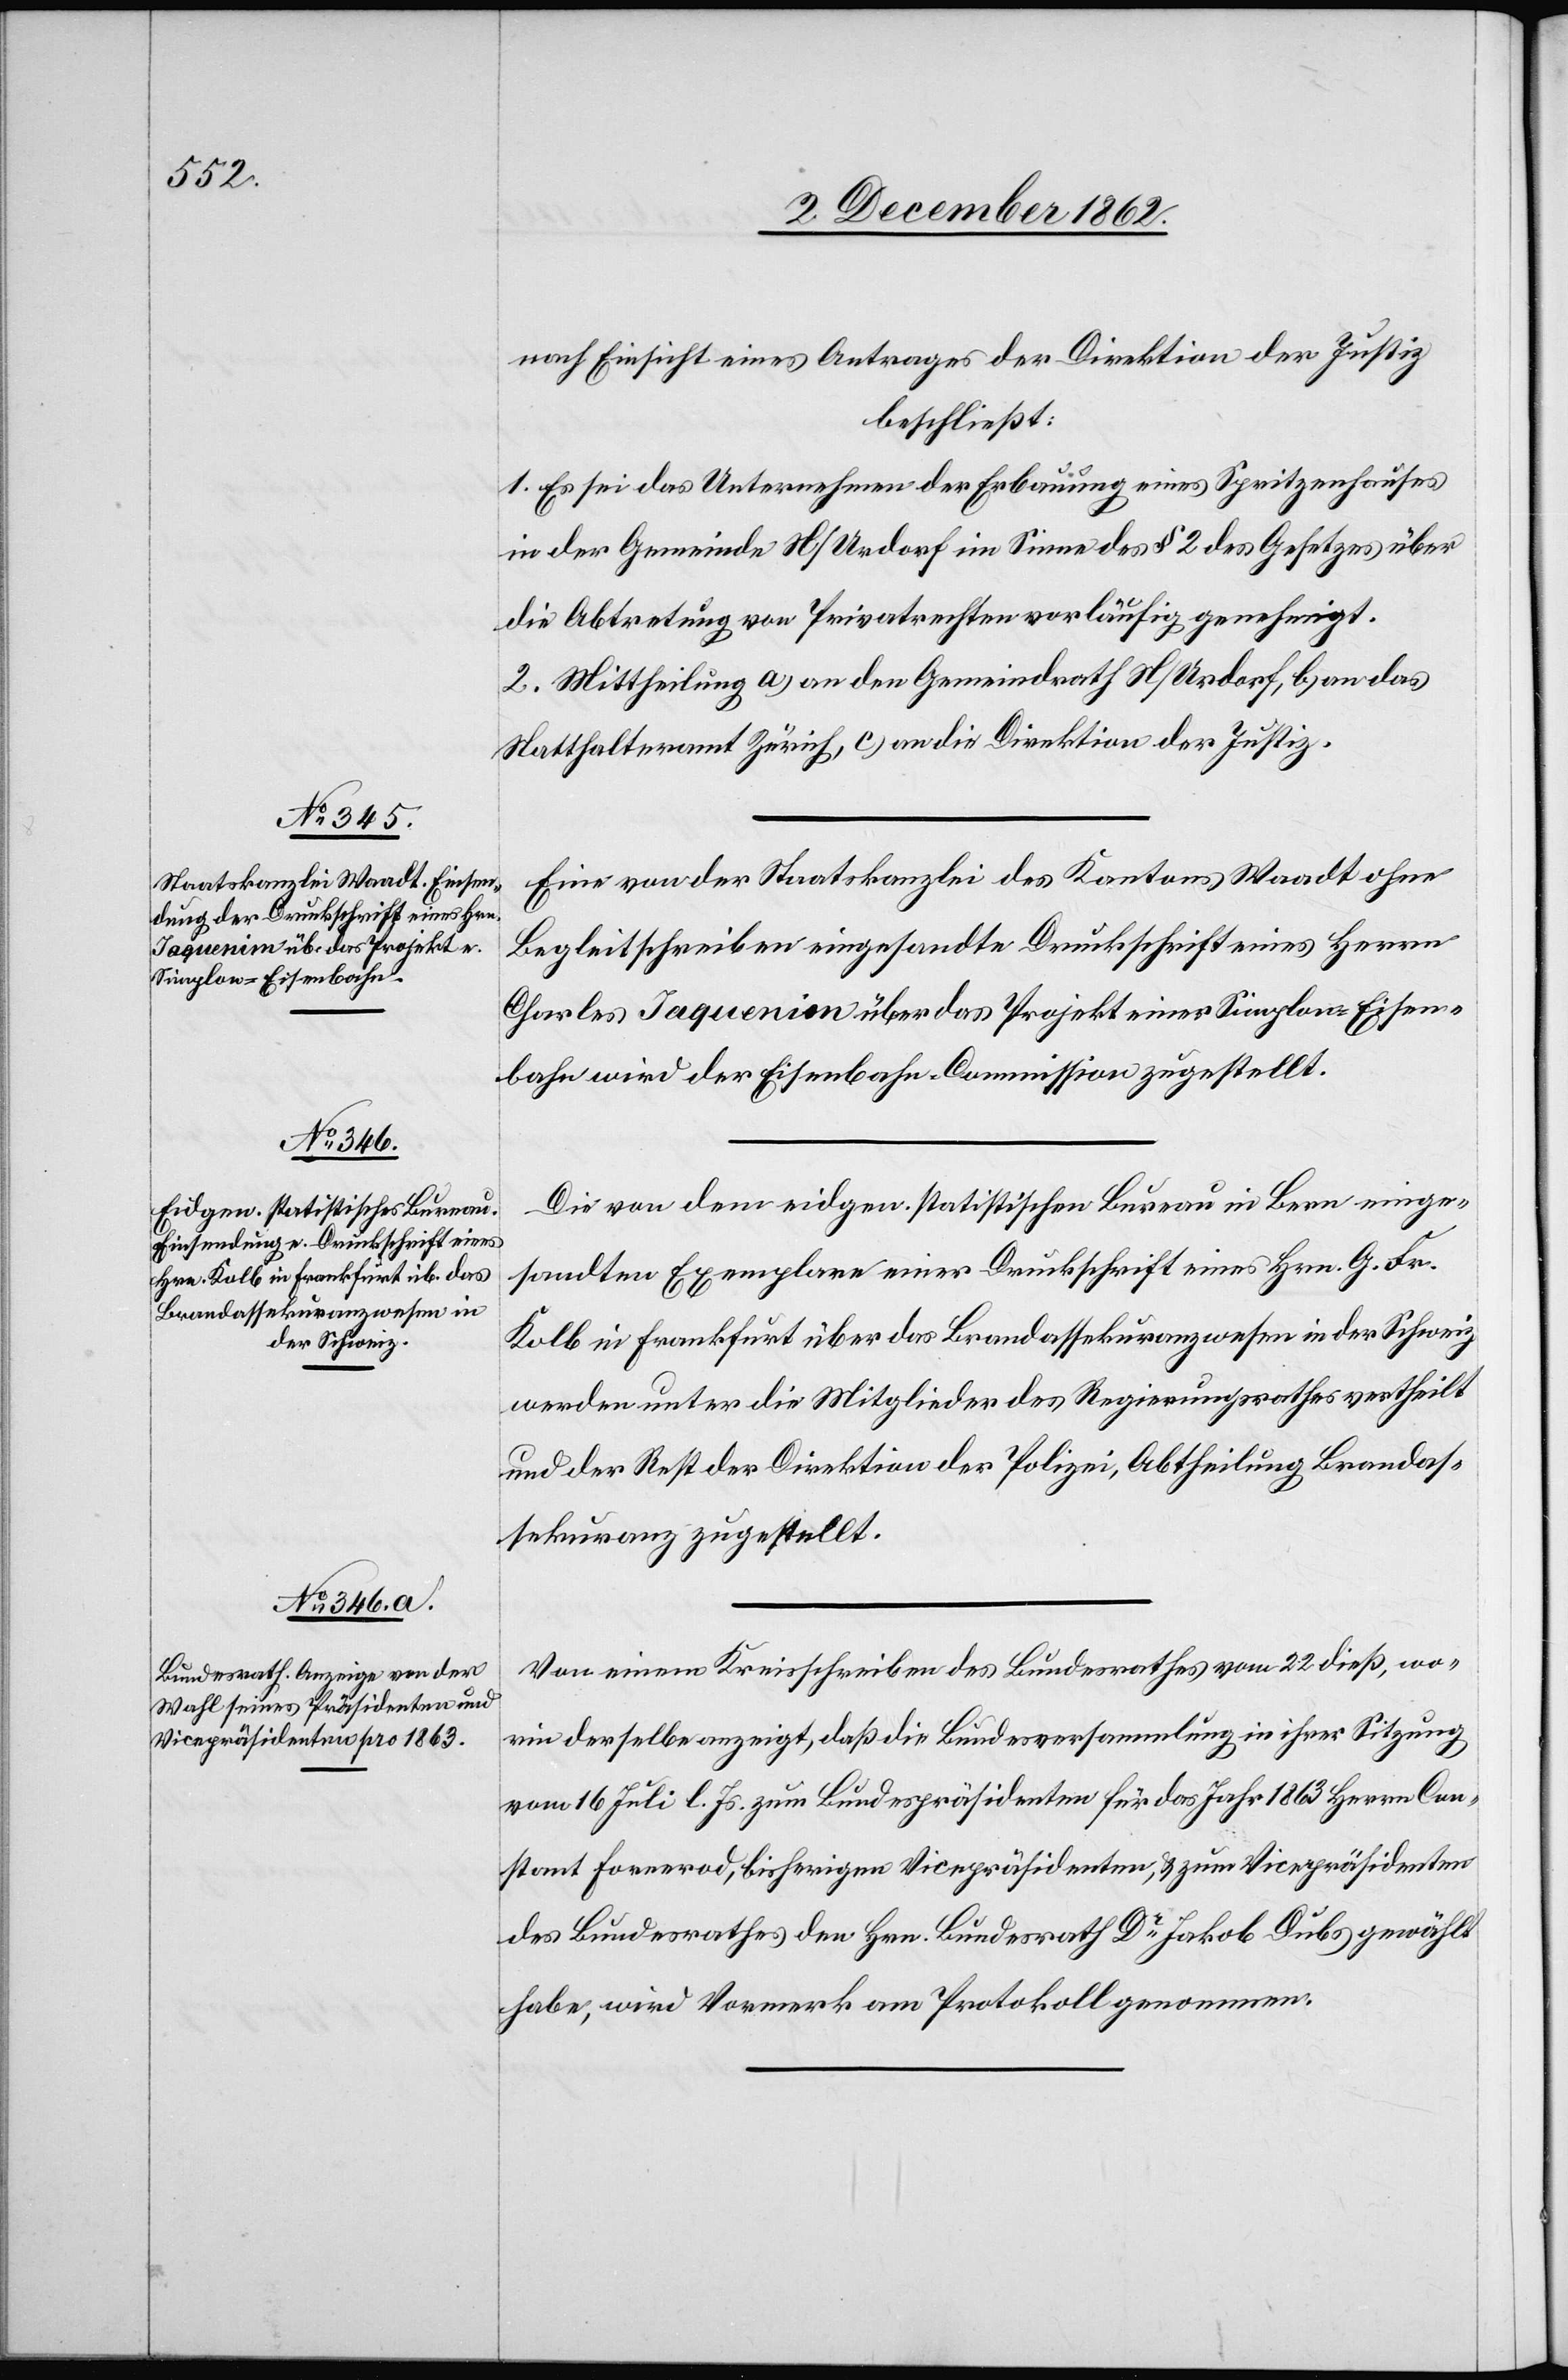
nach Einsicht eines Antrages der Direktion der Justiz
beschließt:
1. Es sei das Unternehmen der Erbauung eines Spritzenhauses
in der Gemeinde N/Urdorf im Sinne des § 2 des Gesetzes über
die Abtretung von Privatrechten vorläufig genehmigt.
2. Mittheilung a) an den Gemeindrath N/Urdorf, b) an das
Statthalteramt Zürich, c) an die Direktion der Justiz.
Eine von der Staatskanzlei des Kantons Waadt ohne
Begleitschreiben eingesandte Druckschrift eines Herrn
Charles Jaquenion [sic!] über das Projekt einer Simplon-Eisen¬
bahn wird der Eisenbahn-Commission zugestellt.
Die von dem eidgen. statistischen Bureau in Bern einge¬
sandten Exemplare einer Druckschrift eines Hrn. G. Fr.
Kolb in Frankfurt über das Brandassekuranzwesen in der Schweiz
werden unter die Mitglieder des Regierungsrathes vertheilt
und der Rest der Direktion der Polizei, Abtheilung Brandas¬
sekuranz zugestellt.
Von einem Kreisschreiben des Bundesrathes vom 22. dieß, wo¬
rin derselbe anzeigt, daß die Bundesversammlung in ihrer Sitzung
vom 16. Juli l. Js. zum Bundespräsidenten für das Jahr 1863 Herrn Con¬
stant Forrerod, bisherigen Vicepräsidenten, u. zum Vicepräsidenten
des Bezirksrathes den Hrn. Bundesrath Dr Jakob Dubs gewählt
habe, wird Vormerk am Protokoll genommen.